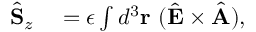
\begin{array} { r l } { \hat { \bf S } _ { z } } & { { } = \epsilon \int d ^ { 3 } { \bf r } \ ( \hat { \bf E } \times \hat { \bf A } ) , } \end{array}